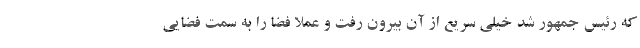
که رئیس جمهور شد خیلی سریع از آن بیرون رفت و عملا فضا را به سمت فضایی